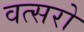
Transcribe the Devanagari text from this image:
वत्सरो